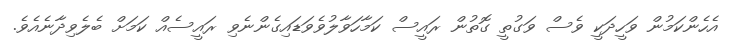
އެހެންކަމުން ވަހީދަކީ ވެސް ވަގުތީ ގޮތުން ރައީސް ކަމާހަވާލުވެވަޑައިގެންނެވި ރައީސެއް ކަމަށް ބެލެވިދާނެއެވެ.